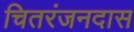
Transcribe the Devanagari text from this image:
चितरंजनदास